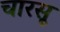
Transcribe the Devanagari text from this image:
चारसू